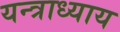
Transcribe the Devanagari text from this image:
यन्त्राध्याय